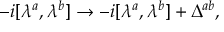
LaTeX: - i [ \lambda ^ { a } , \lambda ^ { b } ] \rightarrow - i [ \lambda ^ { a } , \lambda ^ { b } ] + \Delta ^ { a b } ,